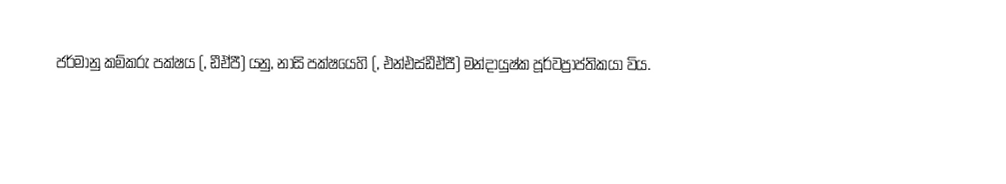
ජර්මානු කම්කරු පක්ෂය (, ඩීඒපී) යනු,  නාසි පක්ෂයෙහි (, එන්එස්ඩීඒපී) මන්දායුෂ්ක පූර්වප්‍රාප්තිකයා විය.